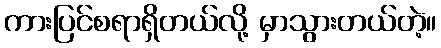
ကားပြင်စရာရှိတယ်လို့ မှာသွားတယ်တဲ့။